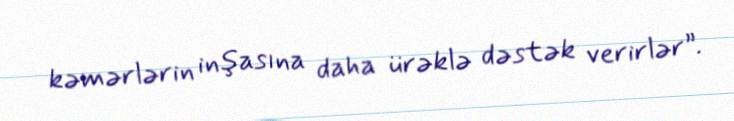
kəmərlərin inşasına daha ürəklə dəstək verirlər”.